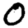
Digit: 0